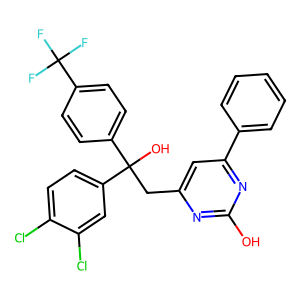
SMILES: Oc1nc(CC(O)(c2ccc(C(F)(F)F)cc2)c2ccc(Cl)c(Cl)c2)cc(-c2ccccc2)n1
Inhibits HIV replication: No